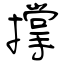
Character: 撑